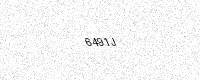
Text: 6491J